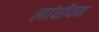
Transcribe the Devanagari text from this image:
लांघीयन